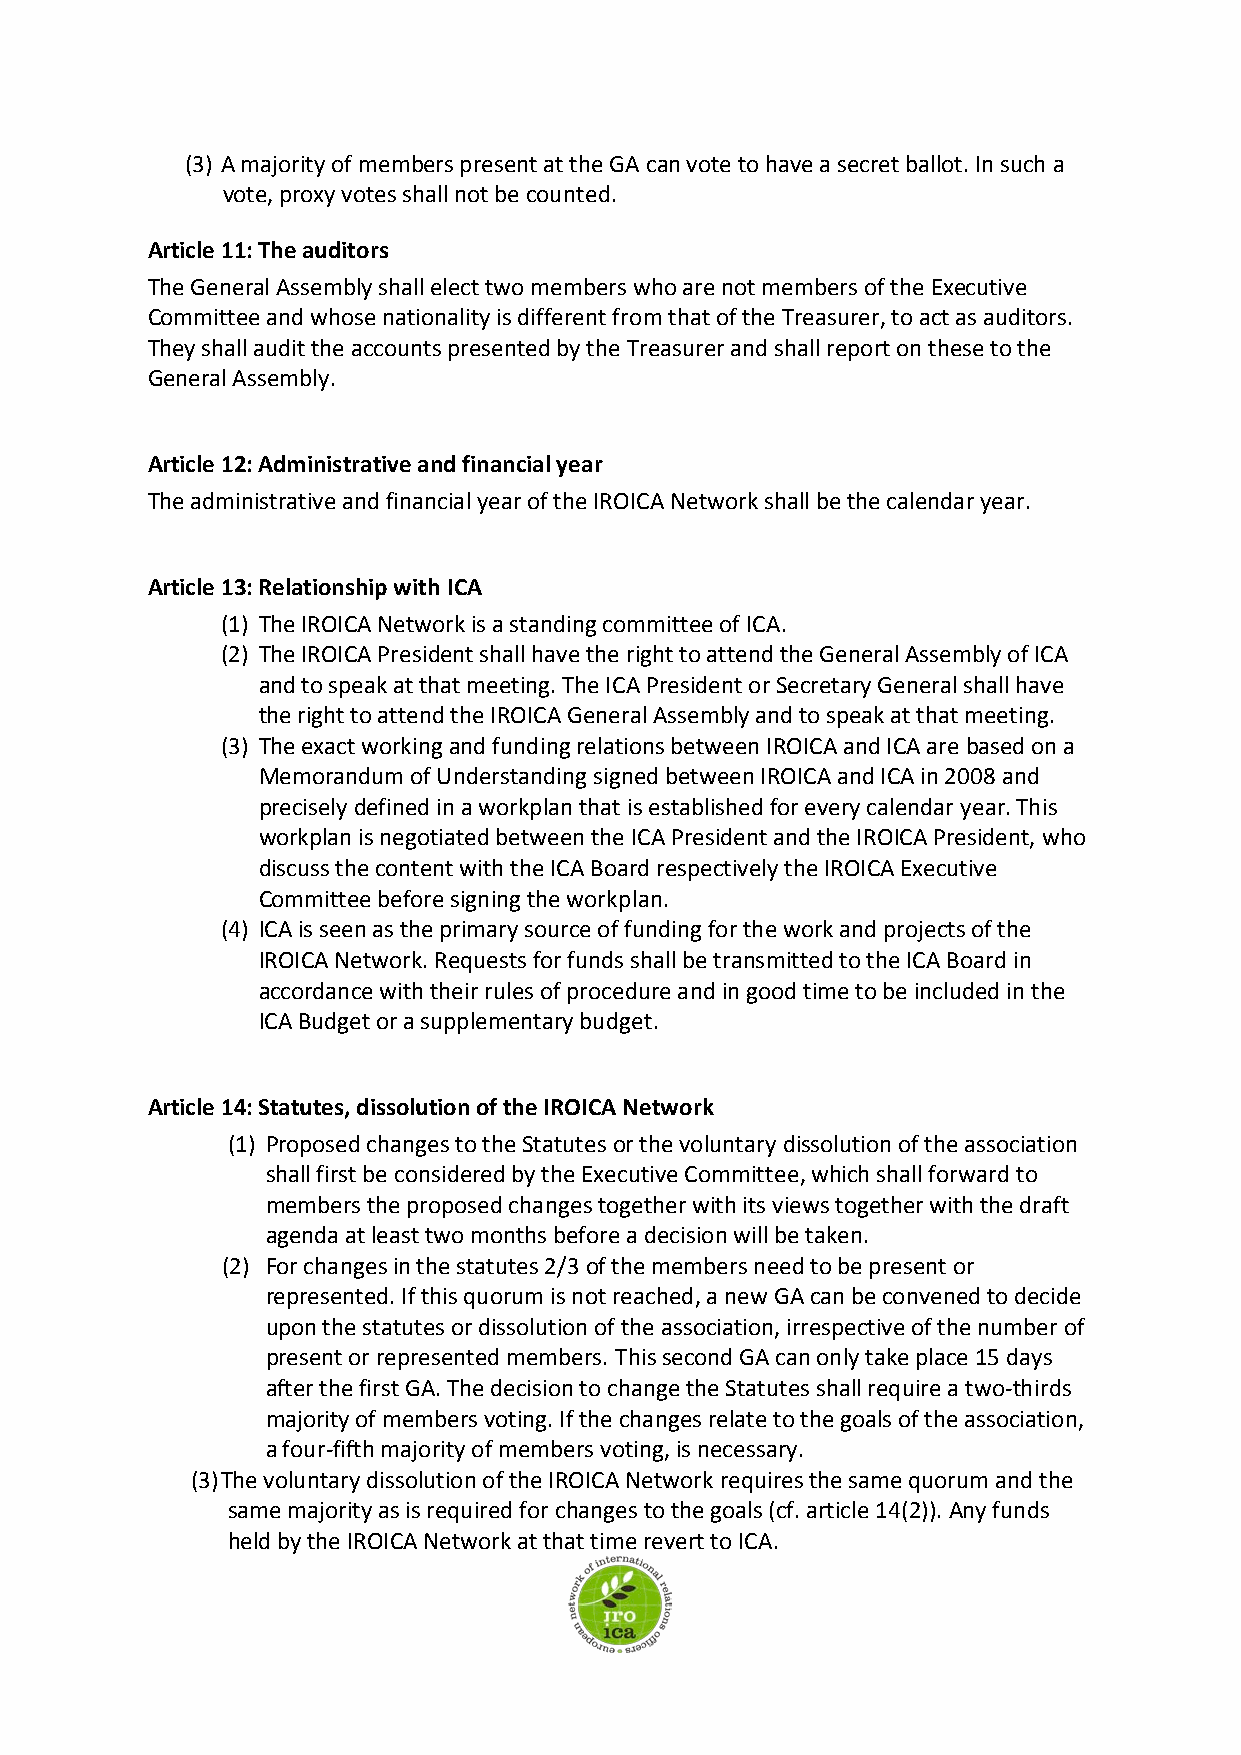
(3) A majority of members present at the GA can vote to have a secret ballot. In such a
 vote, proxy votes shall not be counted.
 Article 11: The auditors
 The General Assembly shall elect two members who are not members of the Executive
 Committee and whose nationality is different from that of the Treasurer, to act as auditors.
 They shall audit the accounts presented by the Treasurer and shall report on these to the
 General Assembly.
 Article 12: Administrative and financial year
 The administrative and financial year of the IROICA Network shall be the calendar year.
 Article 13: Relationship with ICA
 (1) The IROICA Network is a standing committee of ICA.
 (2) The IROICA President shall have the right to attend the General Assembly of ICA
 and to speak at that meeting. The ICA President or Secretary General shall have
 the right to attend the IROICA General Assembly and to speak at that meeting.
 (3) The exact working and funding relations between IROICA and ICA are based on a
 Memorandum of Understanding signed between IROICA and ICA in 2008 and
 precisely defined in a workplan that is established for every calendar year. This
 workplan is negotiated between the ICA President and the IROICA President, who
 discuss the content with the ICA Board respectively the IROICA Executive
 Committee before signing the workplan.
 (4) ICA is seen as the primary source of funding for the work and projects of the
 IROICA Network. Requests for funds shall be transmitted to the ICA Board in
 accordance with their rules of procedure and in good time to be included in the
 ICA Budget or a supplementary budget.
 Article 14: Statutes, dissolution of the IROICA Network
 (1) Proposed changes to the Statutes or the voluntary dissolution of the association
 shall first be considered by the Executive Committee, which shall forward to
 members the proposed changes together with its views together with the draft
 agenda at least two months before a decision will be taken.
 (2) For changes in the statutes 2/3 of the members need to be present or
 represented. If this quorum is not reached, a new GA can be convened to decide
 upon the statutes or dissolution of the association, irrespective of the number of
 present or represented members. This second GA can only take place 15 days
 after the first GA. The decision to change the Statutes shall require a two-thirds
 majority of members voting. If the changes relate to the goals of the association,
 a four-fifth majority of members voting, is necessary.
 (3) The voluntary dissolution of the IROICA Network requires the same quorum and the
 same majority as is required for changes to the goals (cf. article 14(2)). Any funds
 held by the IROICA Network at that time revert to ICA.